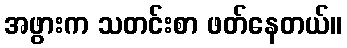
အဖွားက သတင်းစာ ဖတ်နေတယ်။